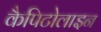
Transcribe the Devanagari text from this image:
कैपिटोलाइन